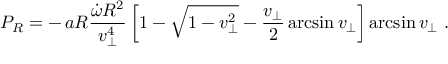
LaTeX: P _ { R } = - \, a R { \frac { \dot { \omega } R ^ { 2 } } { v _ { \perp } ^ { 4 } } } \left[ 1 - \sqrt { 1 - v _ { \perp } ^ { 2 } } - { \frac { v _ { \perp } } { 2 } } \arcsin v _ { \perp } \right] \arcsin v _ { \perp } \ .